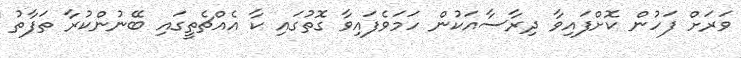
ވަރަށް ފަހުން ކޮށްފައިވާ ދިރާސާއަކުން ހަމަވެފައިވާ ގޮތުގައި ކާ އެއްޗެތީގައި ބޭނުންކުރާ ތަފާތު